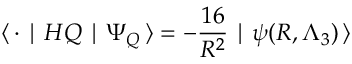
\langle \, { \bf \cdot } \mid H Q \mid \Psi _ { Q } \, \rangle = - \frac { 1 6 } { R ^ { 2 } } \mid \psi ( R , \Lambda _ { 3 } ) \, \rangle